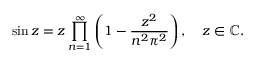
\sin z = z \displaystyle \prod _ { n = 1 } ^ { \infty } \left( 1 - { \frac { z ^ { 2 } } { n ^ { 2 } \pi ^ { 2 } } } \right) , \quad z \in \mathbb { C } .